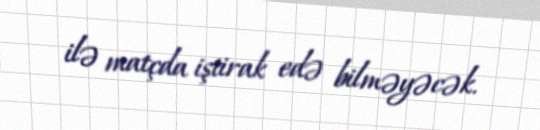
ilə matçda iştirak edə bilməyəcək.